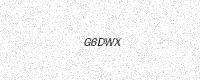
Text: G6DWX